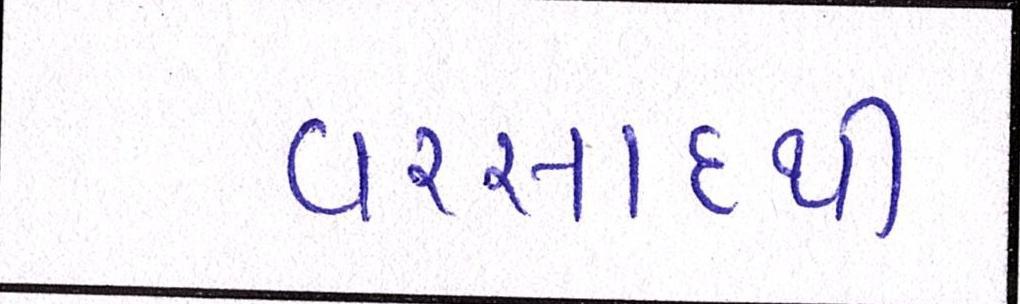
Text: વરસાદથી